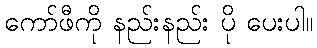
ကော်ဖီကို နည်းနည်း ပို ပေးပါ။